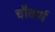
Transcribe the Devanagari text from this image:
चौवर्ण